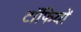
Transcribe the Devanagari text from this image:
टॉफियों